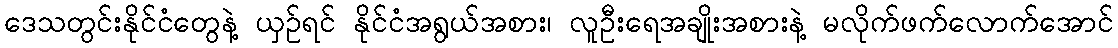
ဒေသတွင်းနိုင်ငံတွေနဲ့ ယှဉ်ရင် နိုင်ငံအရွယ်အစား၊ လူဦးရေအချိုးအစားနဲ့ မလိုက်ဖက်လောက်အောင်